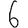
Digit: 6